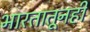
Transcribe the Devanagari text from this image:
भारतातूनही